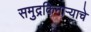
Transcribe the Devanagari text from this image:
समुद्रकिनाऱ्याचे